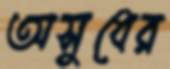
অসুধের